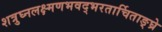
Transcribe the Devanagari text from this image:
शत्रुघ्नलक्ष्मणभवद्भरतार्चिताङ्घ्रे